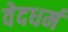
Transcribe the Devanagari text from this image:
वेदधर्म